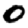
Digit: 0